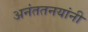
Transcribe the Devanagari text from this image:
अनंततनयांनी